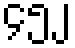
၄၅၂